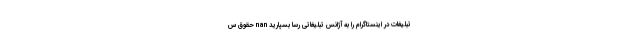
تبلیغات در اینستاگرام را به آژانس تبلیغاتی رسا بسپارید nan حقوق س